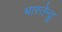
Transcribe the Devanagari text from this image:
भारतेन्द्रु